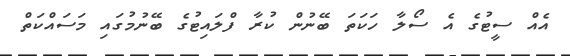
އެއް ސީޓުގެ އެ ސޯލާ ހަކަތަ ބޭނުން ކުރާ ފްލައިޓުގެ ބޭނުމުގައި މަސައްކަތް